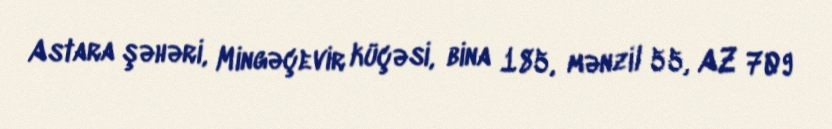
Astara şəhəri, Mingəçevir küçəsi, bina 185, mənzil 55, AZ 709